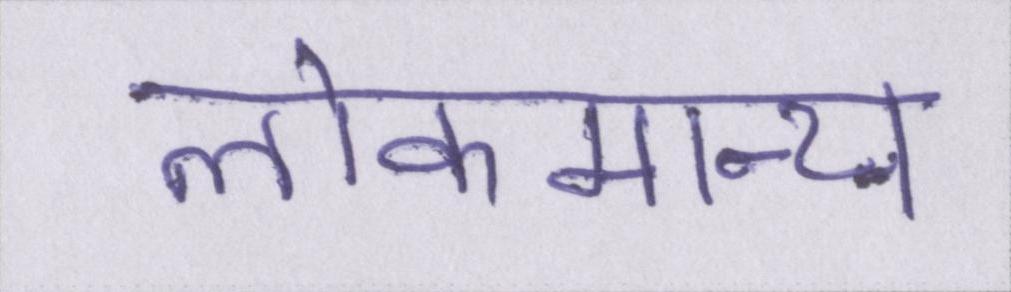
लोकमान्य